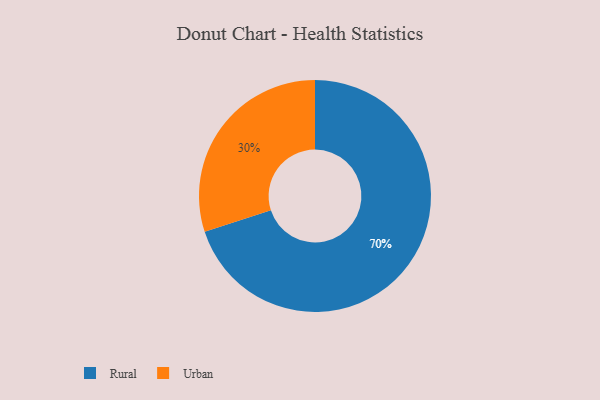
{"axis": {"x": "Category", "y": "Percentage"}, "legend": ["Rural", "Urban"], "data": [{"x": "Urban", "y": 30, "type": "Urban"}, {"x": "Rural", "y": 70, "type": "Rural"}]}